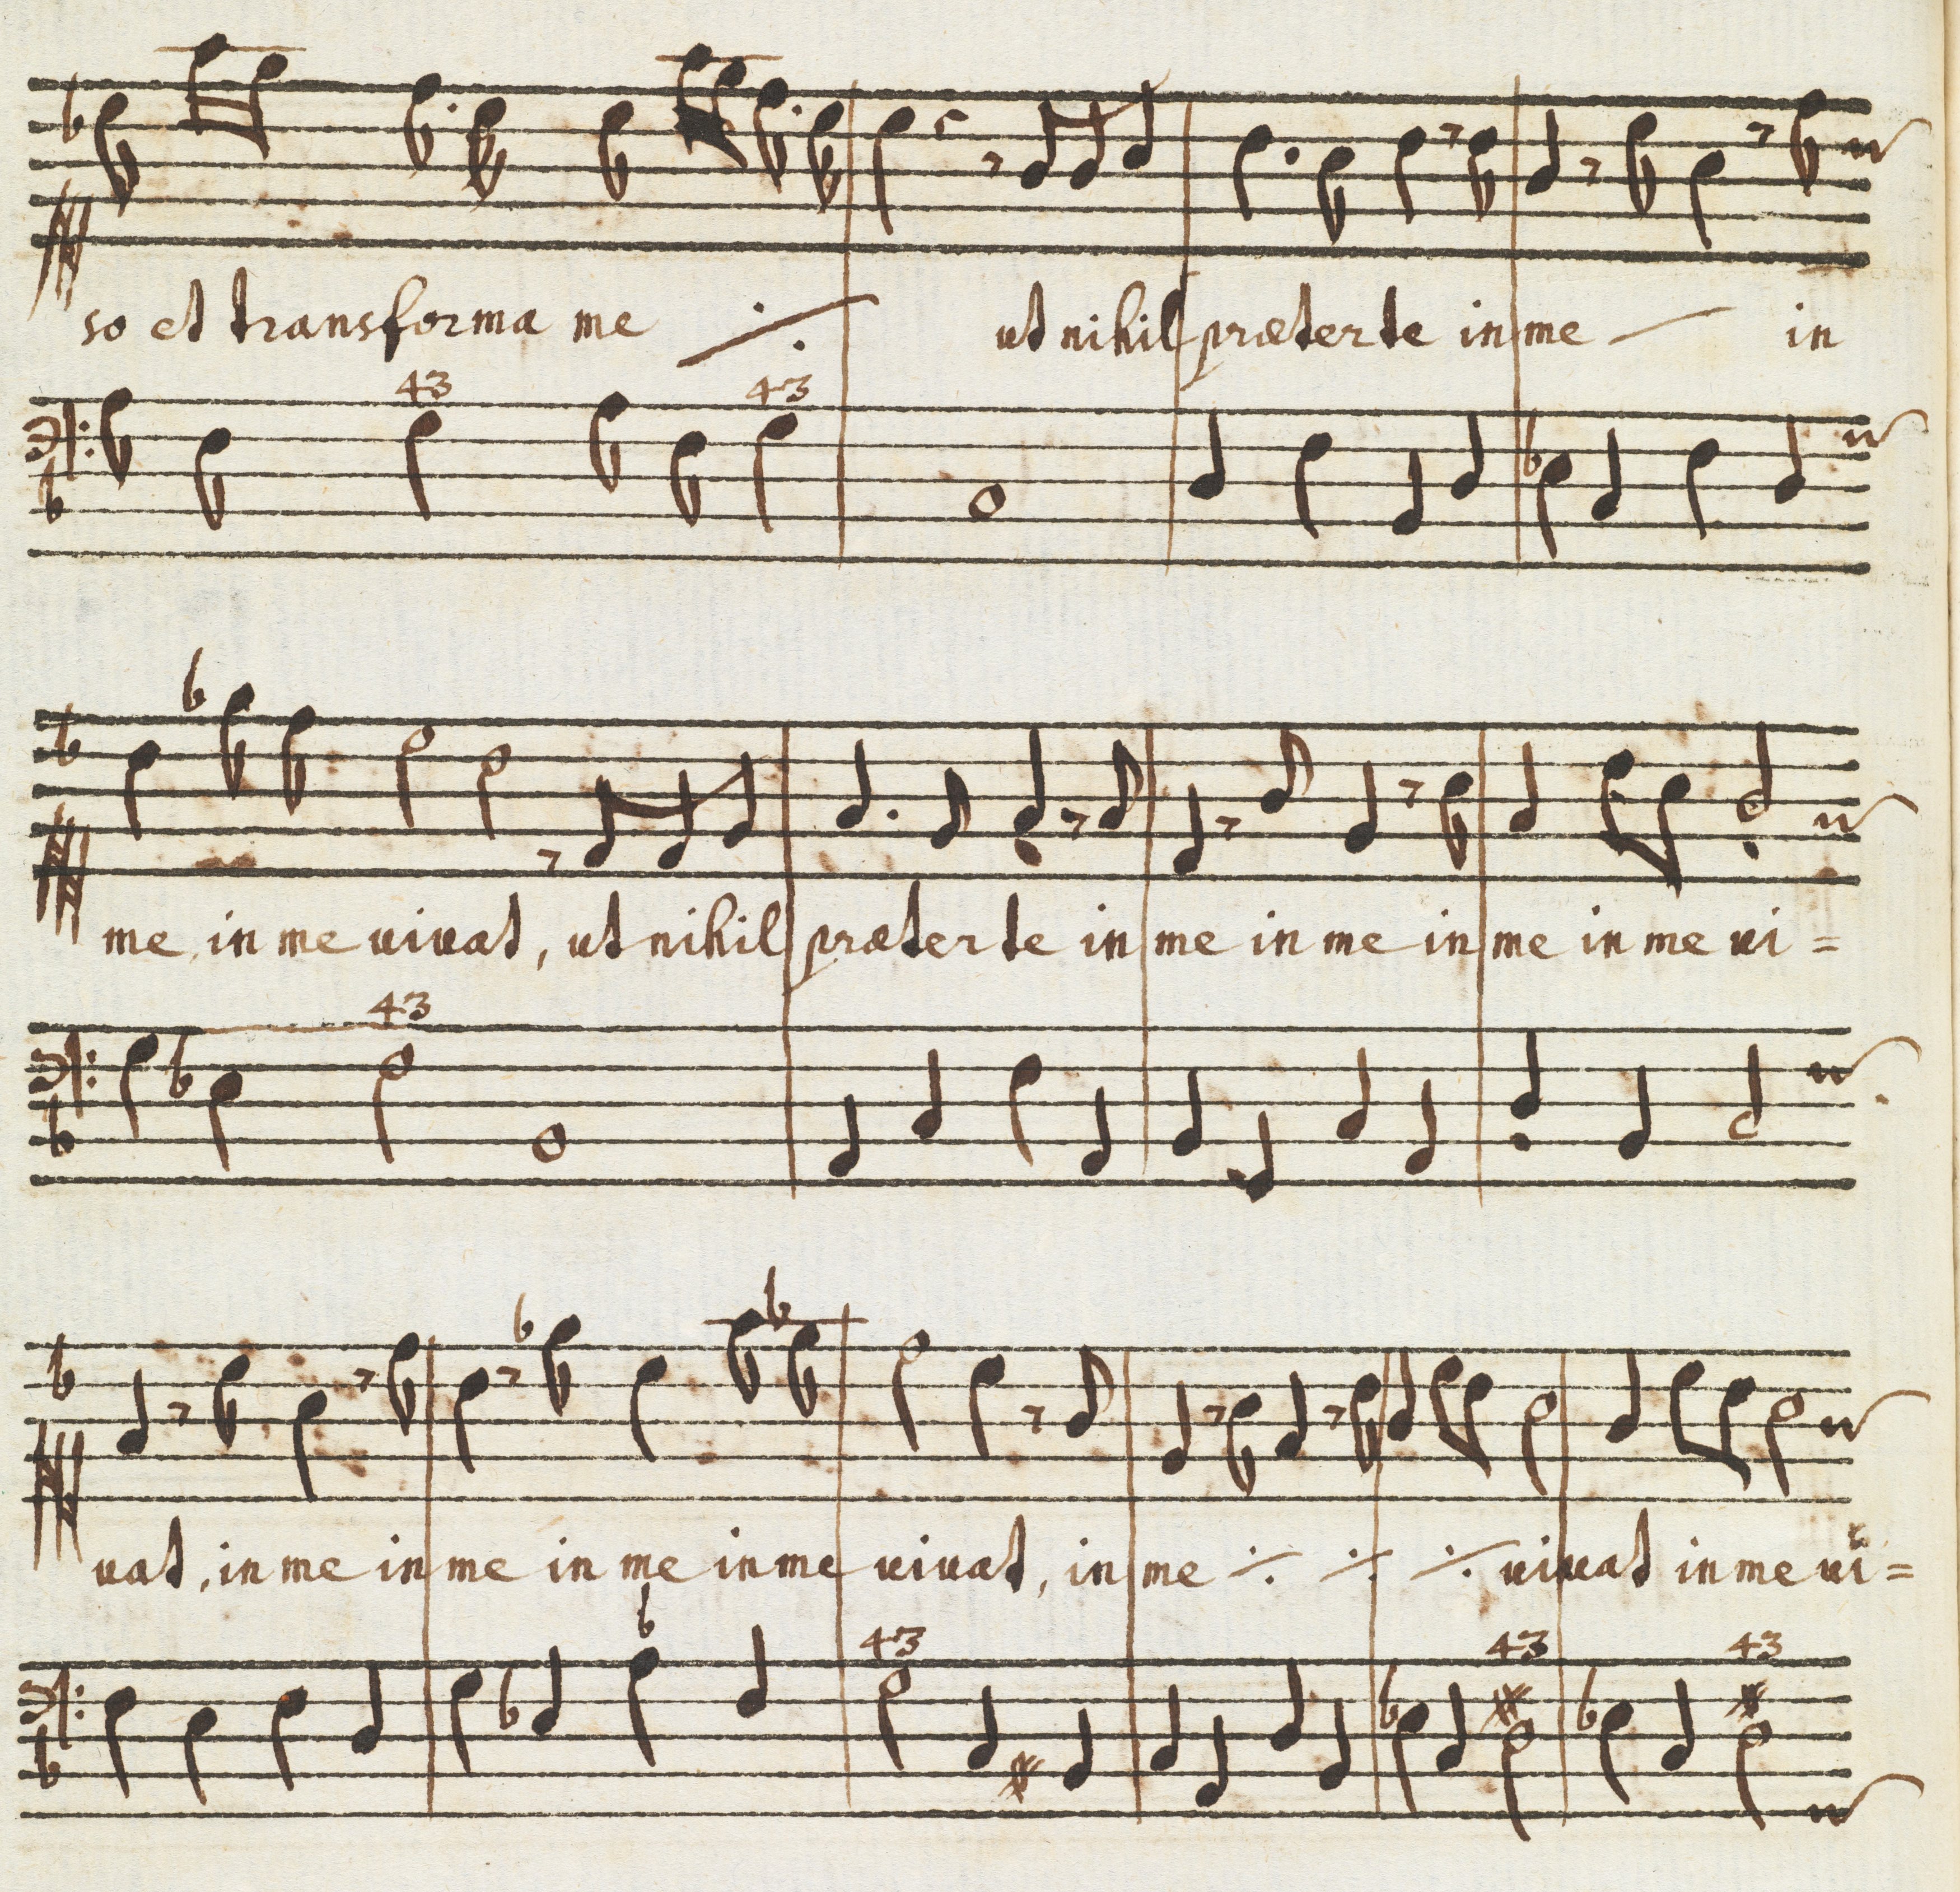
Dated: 1650–1699